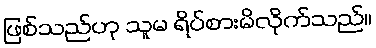
ဖြစ်သည်ဟု သူမ ရိပ်စားမိလိုက်သည်။